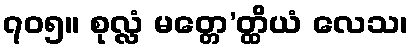
၇၀၅။ စုလ္လံ မတ္တေ’တ္ထိယံ လေသ၊